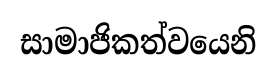
සාමාජිකත්වයෙනි